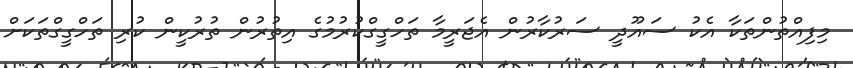
މިފިއްތުންތަކާ އެކު ސައޫދީ ސަރުކާރުން އެޖަރީމާ ތަހްގީގްކުރުމުގެ އިތުރުން ތުރުކީން ކުރި ތަހްގީގްތަކަށް